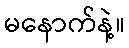
မနောက်နဲ့။